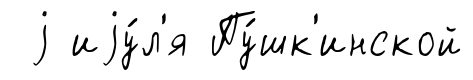
j иjу́л'я Пу́шк'инской